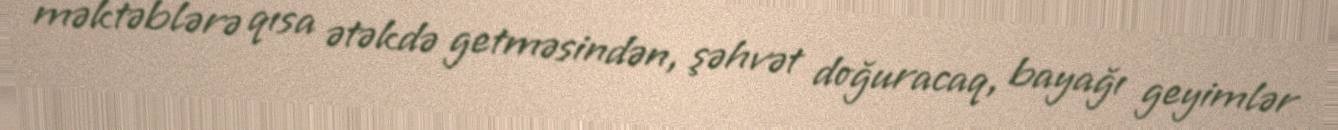
məktəblərə qısa ətəkdə getməsindən, şəhvət doğuracaq, bayağı geyimlər